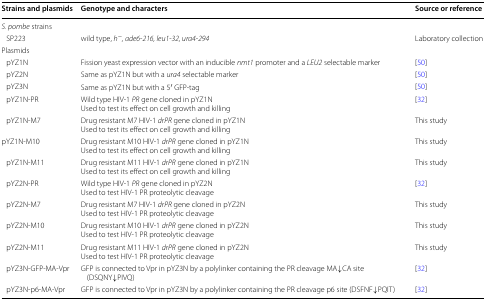
| Strains and plasmids | Genotype and characters | Source or reference |
 | --- | --- | --- |
 | <COLSPAN=3> S. pombe strains |
 | SP223 | wild type, h−, ade6-216, leu1-32, ura4-294 | Laboratory collection |
 | <COLSPAN=3> Plasmids |
 | pYZ1N | Fission yeast expression vector with an inducible nmt1 promoter and a LEU2 selectable marker | [50] |
 | pYZ2N | Same as pYZ1N but with a ura4 selectable marker | [50] |
 | pYZ3N | Same as pYZ1N but with a 5′ GFP-tag | [50] |
 | pYZ1N-PR | Wild type HIV-1 PR gene cloned in pYZ1NUsed to test its effect on cell growth and killing | [32] |
 | pYZ1N-M7 | Drug resistant M7 HIV-1 drPR gene cloned in pYZ1NUsed to test its effect on cell growth and killing | This study |
 | pYZ1N-M10 | Drug resistant M10 HIV-1 drPR gene cloned in pYZ1NUsed to test its effect on cell growth and killing | This study |
 | pYZ1N-M11 | Drug resistant M11 HIV-1 drPR gene cloned in pYZ1NUsed to test its effect on cell growth and killing | This study |
 | pYZ2N-PR | Wild type HIV-1 PR gene cloned in pYZ2NUsed to test HIV-1 PR proteolytic cleavage | [32] |
 | pYZ2N-M7 | Drug resistant M7 HIV-1 drPR gene cloned in pYZ2NUsed to test HIV-1 PR proteolytic cleavage | This study |
 | pYZ2N-M10 | Drug resistant M10 HIV-1 drPR gene cloned in pYZ2NUsed to test HIV-1 PR proteolytic cleavage | This study |
 | pYZ2N-M11 | Drug resistant M11 HIV-1 drPR gene cloned in pYZ2NUsed to test HIV-1 PR proteolytic cleavage | This study |
 | pYZ3N-GFP-MA-Vpr | GFP is connected to Vpr in pYZ3N by a polylinker containing the PR cleavage MA↓CA site (DSQNY↓PIVQ) | [32] |
 | pYZ3N-p6-MA-Vpr | GFP is connected to Vpr in pYZ3N by a polylinker containing the PR cleavage p6 site (DSFNF↓PQIT) | [32] |